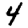
Digit: 4